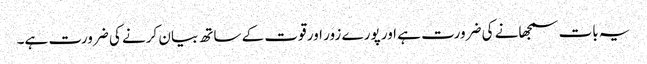
یہ بات سمجھانے کی ضرورت ہے اور پورے زور اور قوت کے ساتھ بیان کرنے کی ضرورت ہے۔